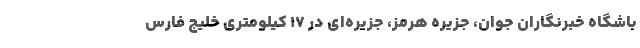
باشگاه خبرنگاران جوان، جزیره هرمز، جزیره‌ای در ۱۷ کیلومتری خلیج فارس